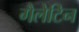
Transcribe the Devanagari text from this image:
गैलेटिन